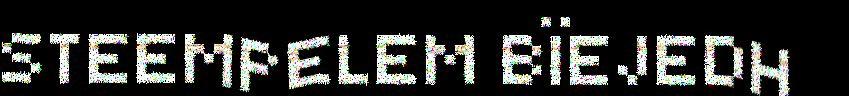
STEEMPELEM BÏEJEDH